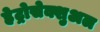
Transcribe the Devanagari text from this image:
हेट्रोसेक्शुअल